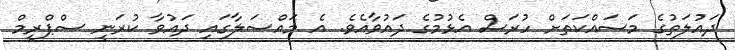
ދައުލަތުގެ މަސައްކަތަށް ހުރަސް އެޅުމުގެ ދައުވާއެވެ. އެ މައްސަލާގައި ދައުވާ ކުރަނީ ސްޕްރީމް